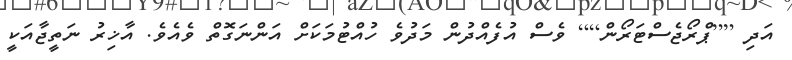
އަދި [[ޕްރޯޖެސްޓަރޯން]] ވެސް އުފެއްދުން މަދުވެ ހުއްޓުމަކަށް އަންނަގޮތް ވެއެވެ. އާޚިރު ނަތީޖާއަކީ